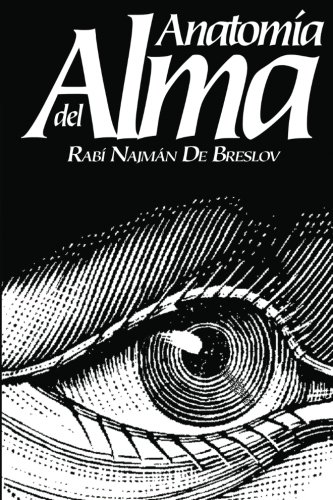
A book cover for ANATOMIA DEL ALMA (Spanish Edition); Jaim Kramer; Religion & Spirituality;